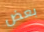
بعض